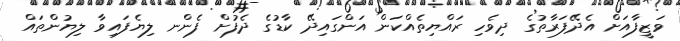
ވަޒީފާއަށް އެދޭފަރާތުގެ ދިވެހި ރައްޔިތެއްކަން އަންގައިދޭ ކާޑުގެ ދެފުށް ފެންނ ލިޔެފައިވާ ލިޔުންތައް